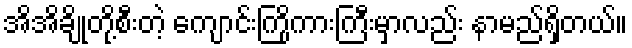
အိအိချိုတို့စီးတဲ့ ကျောင်းကြိုကားကြီးမှာလည်း နာမည်ရှိတယ်။